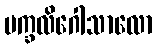
မက္ခလိဂေါသာလော